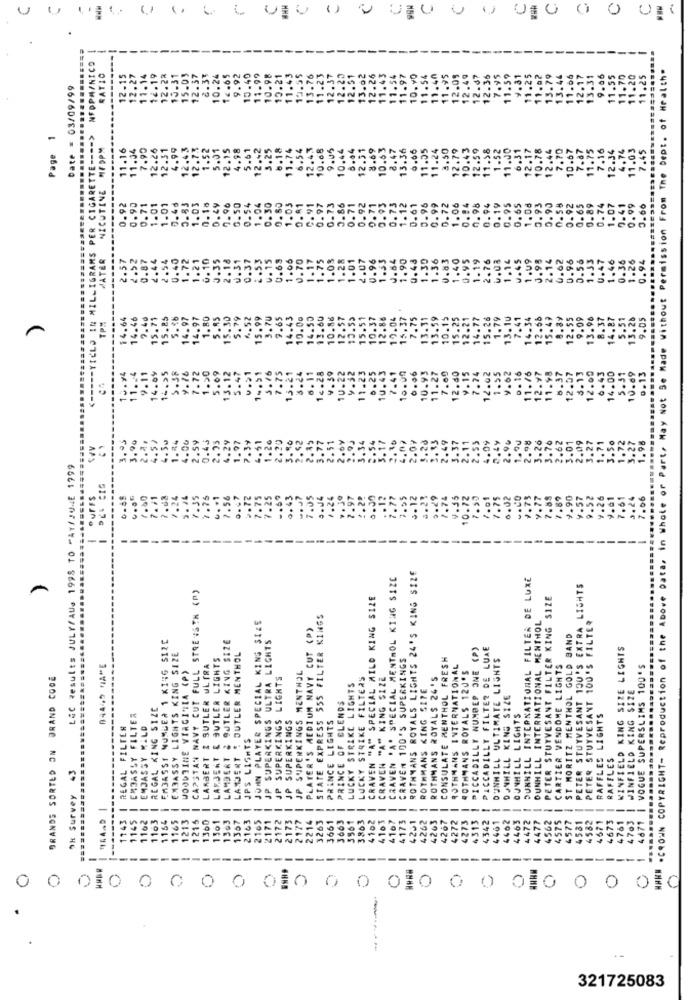
U
ETTE ---- > NFDPH/NICO
WARM .CROWN COPYRIGHT- Reproduction of the Above Data, in Whole or Part, May Not Se Made Without Permission From The Dept . of Health"
RATIO
12.15
12.27
11.14
12.19
12.22
10.31
15.03
12.37
2.33
10.24
12.65
9.92
15.4
11.9
10.98
12.21
19.55
11.2
12.31
12.5
13.0
10.90
12.09
12.47
12.36
11.59
9.81
11.25
11.02
13.79
13.44
11.06
12.17
13.31
9.06
11.55
11.25
Date = 03/09/99
11.
13.7
12.2
12.2
12.4
Page 1
PER CIGARETTE ----
NICUTINE MEDPM
11.16
11.34
7.90
12.26
12.31
4.99
12.43
12.73
1.52
5.01
12.15
4.98
5.61
12.42
3.25
6.18
11.74
6.54
12.4.3
10.68
9.05
10.44
6.04
$2.51
8.69
10.63
8.47
13.36
6.06
11.05
11.24
3.50
12.79
10.43
12.59
11.58
1.52
11.00
6.31
12.17
10.78
12.44
7.70
10.67
7.87
11.75
7.16
12.34
.74
11.03
7.45
0.73
1.12
0.92
0.90
0.71
1.01
1.01
7.46
0.83
1.03
0.16
0.49
0.50
0.54
1.04
0.30
0.62
1.03
0.81
C. 91
0.97
0.73
0.71
0.92
0.71
0.93
0.61
0.96
0.99
0.72
0.94
0.98
0.94
0.19
0.95
0.65
1. 08
0.93
0.90
0.58
0.92
0.65
0.89
0.74
1.07
0.41
0.99
0.60
0
2.57
2.52
0.87
2.44
2.54
0.40
1.72
1.21
0. 10
J.35
2.18
0. 31
0.37
2.53
U.15
0.63
1.06
0.70
1.17
1.75
1.03
1.28
1.01
2.07
0.96
1.53
J. 54
1.90
0.43
1.30
1.36
0.83
1.40
0.95
1.19
2.76
1.14
U.45
1.09
3.98
2.14
0.62
0.96
0.56
U.47
1.46
0.36
1.26
0.94
1.33
YIELD IN
14.64
14.46
2.40
15.71
15.85
5.16
14.97
14.97
1. 80
5.45
15.30
5.79
4.52
15.99
3.70
9.65
14.43
10.00
14.50
13.60
10.86
12.57
13.59
15.51
10.37
12.88
19.04
15.37
7.75
13.11
13.59
10.15
15.25
12.21
14.77
15.26
1.79
13. 10
7.41
14.34
12.56
15.49
8.89
12.55
9.09
13.96
8.37
14.87
5.51
13.26
9.05
TPM
9.11
13.12
10.00
1.55
9.62
0.16
12.07
3.13
6.43
14.00
10.69
0.13
11 ...
14.04
16.25
3.38
1.72
1.90
5.09
5.47
14.31
5.16
7.75
15.21
s.24
6.11
14.28
4.39
1U.22
9.32
11.23
0.25
10.43
7.41
0.06
10.93
11.27
7.60
12.40
9.15
7.74
12.02
11.76
12.97
11.98
6.37
12.00
5.31
<--
4.00
2.59
0.45
4.29
1.97
20
20
$2
77
.51
3.34
.54
17
28
49
.55
.09
2.98
3.26
3.76
3.01
2.09
.27
1.71
3.50
72
3.27
1.98
Lac Results JULY/AUs 1998 TO MAY/JUNE 1999
PUFFS
0.00
.80
7.71
7.08
7.24
5. 16
1.35
1.75
. . . !
7.56
... 7
.72
7.75
-. 59
0.43
7.05
1.24
.97
.2%
.77
2.12
4.25
1.29
1.75
4.35
10.72
1.75
0.02
.CO
1.73
1. 77
7.85
7.89
9.90
9.57
9.52
.26
7.61
3.24
7.06
7.2
--
4251 | ROTHMANS ROYALS LIGHTS 24'S KING SIZE
SPECIAL MENTHOL KING SIZE
DUNHILL INTERNATIONAL FILTER DE LUXE
PETER STUYVESANT 1OU'S EXTRA LIGHTS
CAPSTAN NAVY CUT FULL STRENGTH (P)
CRAVEN "A" SPECIAL MILD KING SIZE
PETER STUYVESANT FILTER KING SIZE
JOHN PLAYER SPECIAL KING SIZE
STATE EXPRESS 555 FILTER KINGS
PETER STUYVESANT 100'S FILTER
PLATER'S MEDIUM NAVY CUT (P)
DUNHILL INTERNATIONAL MENTHOL
EMBASSY NUMLEA 1 K146 SIZE
: BUTLER KING SIZE
I JP SUPERKINGS ULTRA LIGHTS
ST MORITZ MENTHOL GOLD BAND
PICCADILLY NUMBER ONE (P)
PICCADILLY FILTER DE LUAE
WINFIELD KING SIZE LIGHTS
EMBASSY LIGHTS KING SIZE
LARJENT & BUTLER LIGHTS
LASDERT : BUTLER MENTHOL
CRAVEN 100'S SUPERKINGS
CONSULATE MENTHOL FRESH
DUNHILL ULTIMATE LIGHTS
84445 HA"E
WOODBINE VIRGINIA (P)
LAMBERT & SUTLER UL IRA
JP SUPERKINGS MENTHOL
ROTHMANS INTERNATIONAL
4OTHMANS ROYALS 120'S
CARTIER VENDOME LIGHTS
| VOGUE SUPERSLIMS 100'S
BRANDS SORTED ON BRAND CODE
2172 | JP SUPERKINGS LIGHTS
LUCKY STRIKE FILTERS
CRAVEN "A" KING SIZE
ROTHMANS ROYALS 24'S
LUCKY STRIKE LIGHTS
ROTHMANS KING SITE
WINFIELD KING SIZE
DUNHILL KING SIZE
REGAL KING SIZE
PRINCE OF BLENDS
EMBASSY FILTER
2173 | JP SUPERKINGS
PRINCE LIGHTS
DUNHILL LIGHTS
RAFFLES LIGHTS
REGAL FILTER
1162 | EMJASSY MILD
JPS LIGHTS
CRAVEN 'A.
LAMBERT
RAFFLES
43
ok Survey 43
TIRAND |
1143 |
1
145
-
1162
1163
-
1154
-
1165
1213
1215
1360
1301
1363
1367
-
2163
2165
-
2171
2177
-
2214
3263
3661
3663
3561
3863
4102
410
4107
4173
4262
4263
4267
4272
-
4273
-
4313
4342
4461
-
4462
4463
4472
4477
4562
4575
4577
4531
4582
4671
4673
4761
4763
4671
-----
--
-
--
---
0 0 010 0 0 0 0 010 0 0 010 0 0 010 0 0 010
321725083